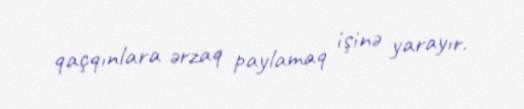
qaçqınlara ərzaq paylamaq işinə yarayır.